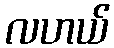
လဟယ်